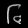
Digit: ၆